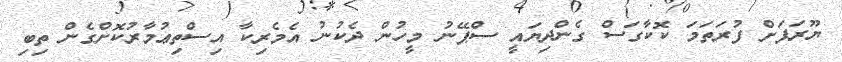
ޔޫރަޕަށް ފުރަތަމަ ކޮކާގަސް ގެންދިޔައީ ސްޕޭނު މީހުން ދެކުނު އެމެރިކާ އިސްތިޢުމާރުކޮށްގެން ތިބި